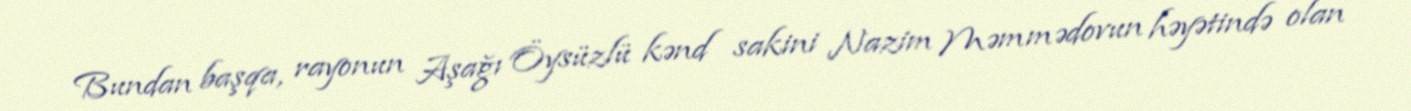
Bundan başqa, rayonun Aşağı Öysüzlü kənd sakini Nazim Məmmədovun həyətində olan